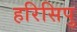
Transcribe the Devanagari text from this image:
हरिसिपु